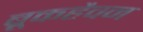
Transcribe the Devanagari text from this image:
ब्रूकहैवन